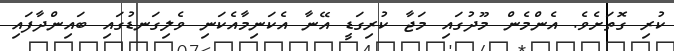
ކުރި ގޮތަށެވެ. އެންމެން މޫދުގައި މަޖާ ކުރިގަޑީ އޭނާ އެކަނިމާއެކަނި ވެލިގަނޑުގައި ބައިންދާފައި